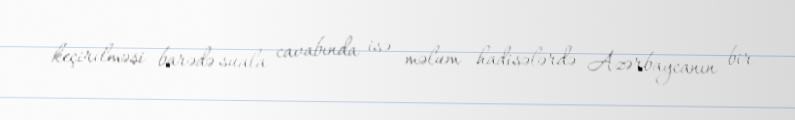
keçirilməsi barədə suala cavabında isə məlum hadisələrdə Azərbaycanın bir